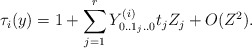
\begin{align*}\tau _{i}(y)=1+\sum_{j=1}^{r}Y_{0..1_{j}..0}^{(i)}t_{j}Z_{j}+O(Z^{2}).\end{align*}